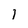
Character: 1